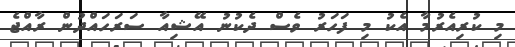
މި ކުރިއެރުމާ އެކު މި ފަހަރު ވެސް ދެކުނު އޭޝިއާ ސަރަަހައްދުން ރާއްޖެ